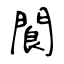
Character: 閬